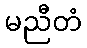
မညီတံ